Civil Veterinary Dept. Bombay admin report 1900-1906 - 1900-1906
Year: 1900
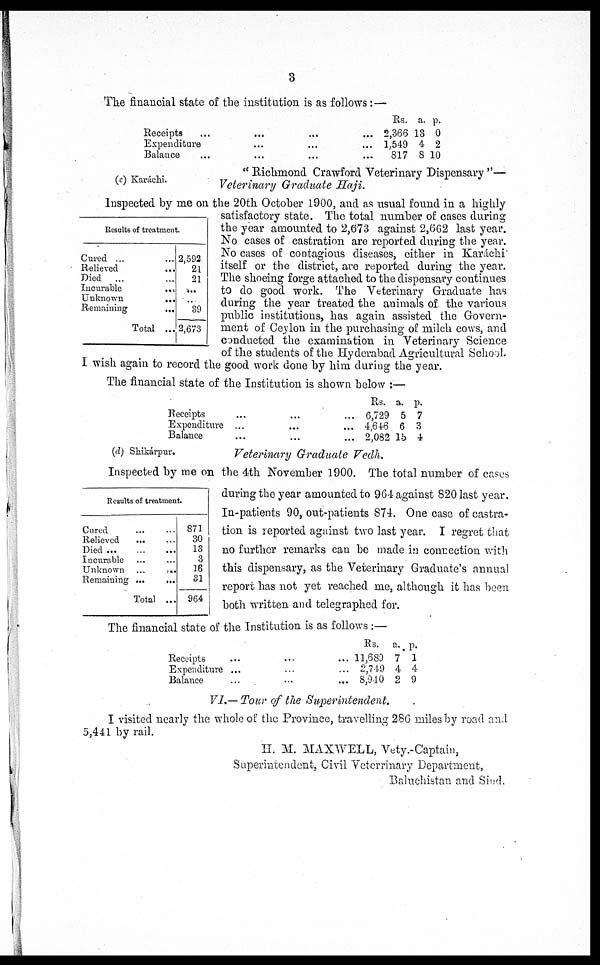
3
The financial state of the institution is as follows:—
Receipts ... ... ... ...
Expenditure ... ... ...
Balance ... ... ... ...
Rs.
2,366
1,549
817
a.
13
4
8
p.
0
2
10
(c) Karáchi.
" Richmond Crawford Veterinary Dispensary "—
Veterinary Graduate Haji.
Results of treatment.
Cured ... ...
Relieved ...
Died ... ...
Incurable
...
Unknown
...
Remaining
...
Total ...
2,592
21
21
...
...
39
2,673
Inspected by me on the 20th October 1900, and as usual found in a highly
satisfactory state. The total number of cases during
the year amounted to 2,673 against 2,662 last year.
No cases of castration are reported during the year.
No cases of contagious diseases, either in Karáchi
itself or the district, are reported during the year.
The shoeing forge attached to the dispensary continues
to do good work. The Veterinary Graduate has
during the year treated the animals of. the various
public institutions, has again assisted the Govern-
ment of Ceylon in the purchasing of milch cows, and
conducted the examination in Veterinary Science
of the students of the Hyderabad Agricultural School.
I wish again to record the good work done by him during the year.
The financial state of the Institution is shown below :—
Receipts ... ... ...
Expenditure ... ... ...
Balance ... ... ...
Rs.
6,729
4,646
2,082
a.
5
6
15
p.
7
3
4
(d) Shikárpur.
Veterinary Graduate Vedh.
Results of treatment.
Cured ... ...
Relieved ... ...
Died
...
...
...
Incurable ... ...
Unknown ...
...
Remaining ...
...
Total ...
871
30
13
3
16
31
964
Inspected by me on the 4th November 1900. The total number of cases
during the year amounted to 964 against 820 last year.
In-patients 90, out-patients 874. One case of castra-
tion is reported against two last year. I regret that
no further remarks can be made in connection with
this dispensary, as the Veterinary Graduate's annual
report has not yet reached me, although it has been
both written and telegraphed for.
The financial state of the Institution is as follows :—
Receipts ... ... ...
Expenditure ... ... ...
Balance ... ... ...
Rs.
11,689
2,749
8,940
a.
7
4
2
p.
1
4
9
VI.— Tour of the Superintendent.
I visited nearly the whole of the Province, travelling 286 miles by road and
5,441 by rail.
H. M. MAXWELL, Vety.-Captain,
Superintendent, Civil Veterinary Department,
Baluchistan and Sind.